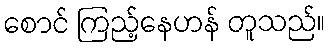
စောင် ကြည့်နေဟန် တူသည်။